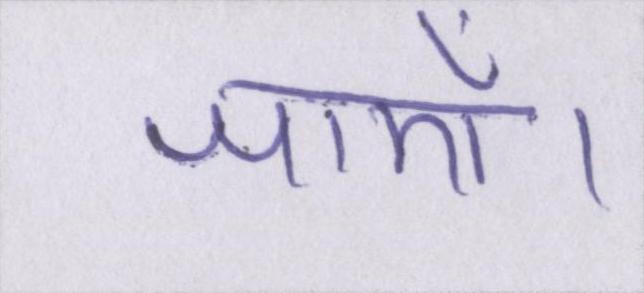
जाएँ।